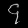
Digit: ၄